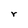
Character: r